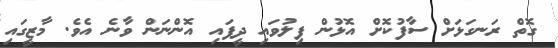
ގޮތް ރަނގަޅަށް ސާފުކޮށް އޮޅުން ފިލުވައި ދީފައި އޮންނަން ވާނެ އެވެ. މާޒީގައި